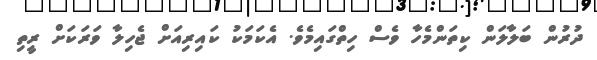
ދުރުން ބަލާލަން ކިތަންމެހާ ވެސް ހިތްގައިމެވެ. އެކަމަކު ކައިރިއަށް ޖެހިލާ ވަރަކަށް ރީތި